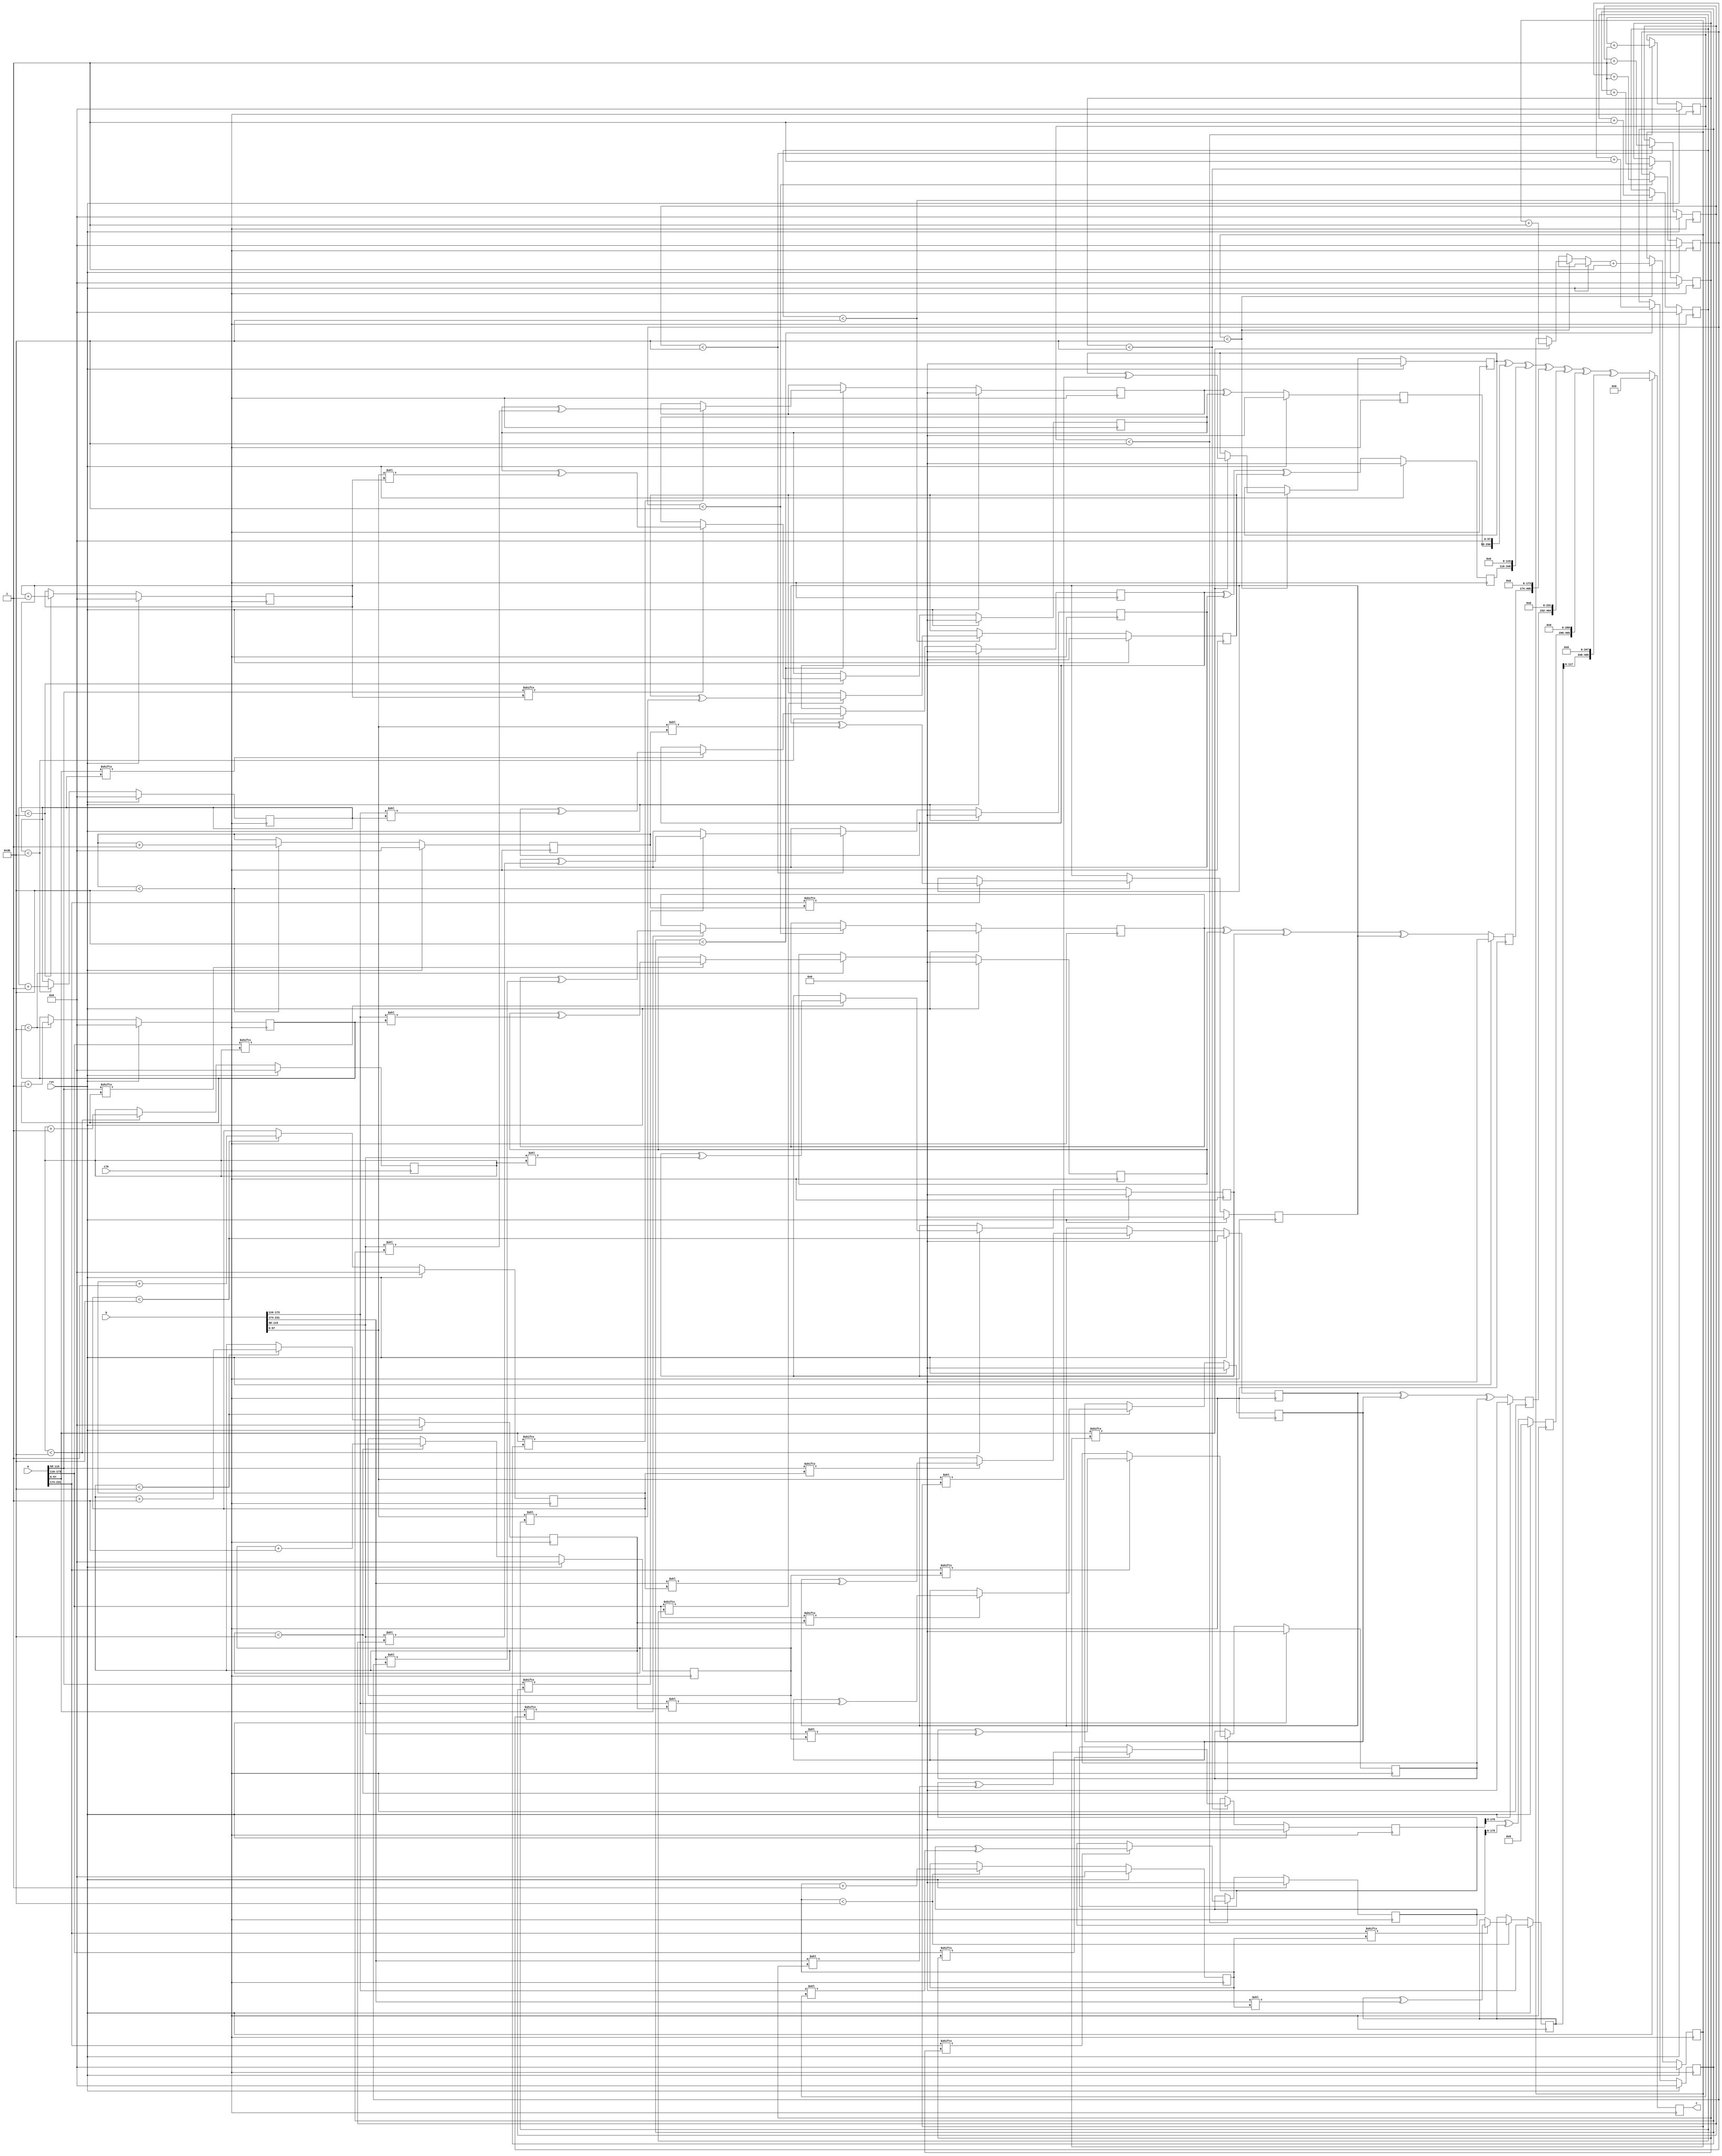
// TalTech large multiplier library
// Multiplier type: four_way_toom_cook
// Parameters: 233 233 1
// Target tool: genus
module four_way_toom_cook(clk, rst, a, b, c);
input clk;
input rst;
input [232:0] a;
input [232:0] b;
output reg [465:0] c;

// Wires declaration 
wire  [57:0] a0;
wire  [57:0] a1;
wire  [57:0] a2;
wire  [57:0] a3;
wire  [57:0] b0;
wire  [57:0] b1;
wire  [57:0] b2;
wire  [57:0] b3;

// Registers declaration 
reg  [57:0] counter_d;
reg  [57:0] counter_e1;
reg  [57:0] counter_e2;
reg  [57:0] counter_f1;
reg  [57:0] counter_f2;
reg  [57:0] counter_f3;
reg  [57:0] counter_g1;
reg  [57:0] counter_g2;
reg  [57:0] counter_g3;
reg  [57:0] counter_g4;
reg  [57:0] counter_h1;
reg  [57:0] counter_h2;
reg  [57:0] counter_h3;
reg  [57:0] counter_i1;
reg  [57:0] counter_i2;
reg  [57:0] counter_j;
reg  [232:0] d;
reg  [232:0] e1_mul;
reg  [232:0] e2_mul;
reg  [232:0] e;
reg  [232:0] f1_mul;
reg  [232:0] f2_mul;
reg  [232:0] f3_mul;
reg  [232:0] f;
reg  [232:0] g1_mul;
reg  [232:0] g2_mul;
reg  [232:0] g3_mul;
reg  [232:0] g4_mul;
reg  [232:0] g;
reg  [232:0] h1_mul;
reg  [232:0] h2_mul;
reg  [232:0] h3_mul;
reg  [232:0] h;
reg  [232:0] i1_mul;
reg  [232:0] i2_mul;
reg  [232:0] i;
reg  [232:0] j;
reg  [465:0] temp;

// Initial assignments to wires
assign a0 = a[57:0];
assign a1 = a[115:58];
assign a2 = a[173:116];
assign a3 = a[231:174];
assign b0 = b[57:0];
assign b1 = b[115:58];
assign b2 = b[173:116];
assign b3 = b[231:174];

// Step-1 of 4-Way TCM Multiplier
always @(posedge clk) begin
		if (rst) begin
			counter_d <= 58'd0;
			d <= 233'd0;
		end
		else if (counter_d < 59) begin
			if (a3[counter_d] == 1'b1) begin
				d <= d ^ (b3 << counter_d);
				counter_d <= counter_d + 1;
			end
				counter_d <= counter_d + 1;
		end
end

// Step-2 (Part-1) of 4-Way TCM Multiplier
always @(posedge clk) begin
		if (rst) begin
			counter_e1 <= 58'd0;
			e1_mul <= 233'd0;
		end
		else if (counter_e1 < 59) begin
			if (a2[counter_e1] == 1'b1) begin
				e1_mul <= e1_mul ^ (b3 << counter_e1);
				counter_e1 <= counter_e1 + 1;
			end
				counter_e1 <= counter_e1 + 1;
		end
end

// Step-2 (Part-2) of 4-Way TCM Multiplier
always @(posedge clk) begin
		if (rst) begin
			counter_e2 <= 58'd0;
			e2_mul <= 233'd0;
		end
		else if (counter_e2 < 59) begin
			if (a3[counter_e1] == 1'b1) begin
				e2_mul <= e2_mul ^ (b2 << counter_e2);
				counter_e2 <= counter_e2 + 1;
			end
				counter_e2 <= counter_e2 + 1;
		end
end

// Step-2 (Part-3) of 4-Way TCM Multiplier
always @(posedge clk) begin
		if (rst) begin
			e <= 233'd0;
		end
		else begin
			e <= e1_mul ^ e2_mul; 
		end
end

// Step-3 (Part-1) of 4-Way TCM Multiplier
always @(posedge clk) begin
		if (rst) begin
			counter_f1 <= 58'd0;
			f1_mul <= 233'd0;
		end
		else if (counter_f1 < 59) begin
			if (a1[counter_f1] == 1'b1) begin
				f1_mul <= f1_mul ^ (b3 << counter_f1);
				counter_f1 <= counter_f1 + 1;
			end
				counter_f1 <= counter_f1 + 1;
		end
end

// Step-3 (Part-2) of 4-Way TCM Multiplier
always @(posedge clk) begin
		if (rst) begin
			counter_f2 <= 58'd0;
			f2_mul <= 233'd0;
		end
		else if (counter_f2 < 59) begin
			if (a2[counter_f2] == 1'b1) begin
				f2_mul <= f2_mul ^ (b2 << counter_f2);
				counter_f2 <= counter_f2 + 1;
			end
				counter_f2 <= counter_f2 + 1;
		end
end

// Step-3 (Part-3) of 4-Way TCM Multiplier
always @(posedge clk) begin
		if (rst) begin
			counter_f3 <= 58'd0;
			f3_mul <= 233'd0;
		end
		else if (counter_f3 < 59) begin
			if (a3[counter_f3] == 1'b1) begin
				f3_mul <= f3_mul ^ (b1 << counter_f3);
				counter_f3 <= counter_f3 + 1;
			end
				counter_f3 <= counter_f3 + 1;
		end
end

// Step-3 (Part-4) of 4-Way TCM Multiplier
always @(posedge clk) begin
		if (rst) begin
			f <= 233'd0;
		end
		else begin
			f <= f1_mul ^ f2_mul ^ f3_mul; 
		end
end

// Step-4 (Part-1) of 4-Way TCM Multiplier
always @(posedge clk) begin
		if (rst) begin
			counter_g1 <= 58'd0;
			g1_mul <= 233'd0;
		end
		else if (counter_g1 < 59) begin
			if (a0[counter_g1] == 1'b1) begin
				g1_mul <= g1_mul ^ (b3 << counter_g1);
				counter_g1 <= counter_g1 + 1;
			end
				counter_g1 <= counter_g1 + 1;
		end
end

// Step-4 (Part-2) of 4-Way TCM Multiplier
always @(posedge clk) begin
		if (rst) begin
			counter_g2 <= 58'd0;
			g2_mul <= 233'd0;
		end
		else if (counter_g2 < 59) begin
			if (a1[counter_g2] == 1'b1) begin
				g2_mul <= g2_mul ^ (b2 << counter_g2);
				counter_g2 <= counter_g2 + 1;
			end
				counter_g2 <= counter_g2 + 1;
		end
end

// Step-4 (Part-3) of 4-Way TCM Multiplier
always @(posedge clk) begin
		if (rst) begin
			counter_g3 <= 58'd0;
			g3_mul <= 233'd0;
		end
		else if (counter_g3 < 59) begin
			if (a2[counter_g3] == 1'b1) begin
				g3_mul <= g3_mul ^ (b1 << counter_g3);
				counter_g3 <= counter_g3 + 1;
			end
				counter_g3 <= counter_g3 + 1;
		end
end

// Step-4 (Part-4) of 4-Way TCM Multiplier
always @(posedge clk) begin
		if (rst) begin
			counter_g4 <= 58'd0;
			g4_mul <= 233'd0;
		end
		else if (counter_g4 < 59) begin
			if (a3[counter_g4] == 1'b1) begin
				g4_mul <= g4_mul ^ (b0 << counter_g4);
				counter_g4 <= counter_g4 + 1;
			end
				counter_g4 <= counter_g4 + 1;
		end
end

// Step-4 (Part-5) of 4-Way TCM Multiplier
always @(posedge clk) begin
		if (rst) begin
			g <= 233'd0;
		end
		else begin
			g <= g1_mul ^ g2_mul ^ g3_mul ^ g4_mul; 
		end
end

// Step-5 (Part-1) of 4-Way TCM Multiplier
always @(posedge clk) begin
		if (rst) begin
			counter_h1 <= 58'd0;
			h1_mul <= 233'd0;
		end
		else if (counter_h1 < 59) begin
			if (a0[counter_h1] == 1'b1) begin
				h1_mul <= h1_mul ^ (b2 << counter_h1);
				counter_h1 <= counter_h1 + 1;
			end
				counter_h1 <= counter_h1 + 1;
		end
end

// Step-5 (Part-2) of 4-Way TCM Multiplier
always @(posedge clk) begin
		if (rst) begin
			counter_h2 <= 58'd0;
			h2_mul <= 233'd0;
		end
		else if (counter_h2 < 59) begin
		if (a1[counter_h2] == 1'b1) begin
			h2_mul <= h2_mul ^ (b1 << counter_h2);
			counter_h2 <= counter_h2 + 1;
		end
			counter_h2 <= counter_h2 + 1;
		end
end

// Step-5 (Part-3) of 4-Way TCM Multiplier
always @(posedge clk) begin
		if (rst) begin
			counter_h3 <= 58'd0;
			h3_mul <= 233'd0;
		end
		else if (counter_h3 < 59) begin
			if (a2[counter_h3] == 1'b1) begin
				h3_mul <= h3_mul ^ (b0 << counter_h3);
				counter_h3 <= counter_h3 + 1;
			end
				counter_h3 <= counter_h3 + 1;
		end
end

// Step-5 (Part-4) of 4-Way TCM Multiplier
always @(posedge clk) begin
		if (rst) begin
			h <= 233'd0;
		end
		else begin
			h <= h1_mul ^ h2_mul ^ h3_mul; 
		end
end

// Step-6 (Part-1) of 4-Way TCM Multiplier
always @(posedge clk) begin
		if (rst) begin
			counter_i1 <= 58'd0;
			i1_mul <= 233'd0;
		end
		else if (counter_i1 < 59) begin
			if (a0[counter_i1] == 1'b1) begin
				i1_mul <= i2_mul ^ (b1 << counter_i1);
				counter_i1 <= counter_i1 + 1;
			end
				counter_i1 <= counter_i1 + 1;
		end
end

// Step-6 (Part-2) of 4-Way TCM Multiplier
always @(posedge clk) begin
		if (rst) begin
			counter_i2 <= 58'd0;
			i2_mul <= 233'd0;
		end
		else if (counter_i2 < 59) begin
			if (a1[counter_i2] == 1'b1) begin
				i2_mul <= i2_mul ^ (b0 << counter_i2);
				counter_i2 <= counter_i2 + 1;
			end
				counter_i2 <= counter_i2 + 1;
		end
end

// Step-6 (Part-3) of 4-Way TCM Multiplier
always @(posedge clk) begin
		if (rst) begin
			i <= 233'd0;
		end
		else begin
			i <= i1_mul ^ i2_mul; 
		end
end

// Step-7 of 4-Way TCM Multiplier
always @(posedge clk) begin
		if (rst) begin
			counter_j = 58'd0;
			j = 233'd0;
		end
		else if (counter_j < 59) begin
			if (a0[counter_j] == 1'b1) begin
				j = j ^ (b0 << counter_j);
				counter_j = counter_j + 1;
			end
				counter_j = counter_j + 1;
		end
end

// Step-8 of 4-Way TCM Multiplier
always @(posedge clk) begin
		if (rst) begin
			temp = 466'd0;
			c = 466'd0;
		end
		else begin
			temp = j;
			temp = temp ^ (i << 58);
			temp = temp ^ (h << 116);
			temp = temp ^ (g << 174);
			temp = temp ^ (f << 232);
			temp = temp ^ (e << 290);
			temp = temp ^ (d << 348);
			c = temp;
		end
end
endmodule